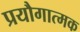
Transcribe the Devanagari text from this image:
प्रयौगात्मक